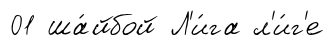
01 ша́йбой Л'и́га л'и́г'е